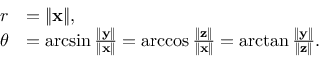
{ \begin{array} { r l } { r } & { = \lVert \mathbf { x } \rVert , } \\ { \theta } & { = \arcsin { \frac { \lVert \mathbf { y } \rVert } { \lVert \mathbf { x } \rVert } } = \operatorname { a r c c o s } { \frac { \lVert \mathbf { z } \rVert } { \lVert \mathbf { x } \rVert } } = \arctan { \frac { \lVert \mathbf { y } \rVert } { \lVert \mathbf { z } \rVert } } . } \end{array} }